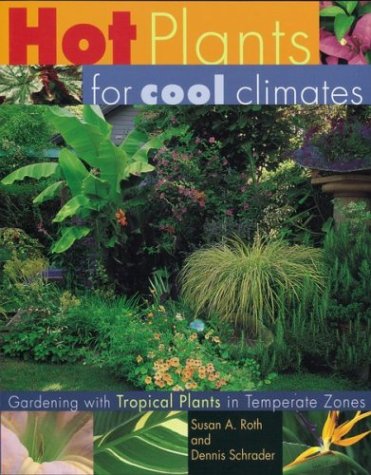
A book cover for Hot Plants for Cool Climates: Gardening with Tropical Plants in Temperate Zones; Dennis Schrader; Crafts, Hobbies & Home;